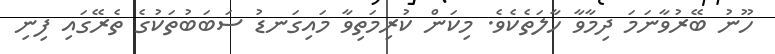
ހޫނު ބޭރުވާނަމަ ދިމާވާ ހާލަތެކެވެ. މިކަން ކުރިމަތިވާ މައިގަނޑު ސަބަބުތަކުގެ ތެރޭގައި ފިނި